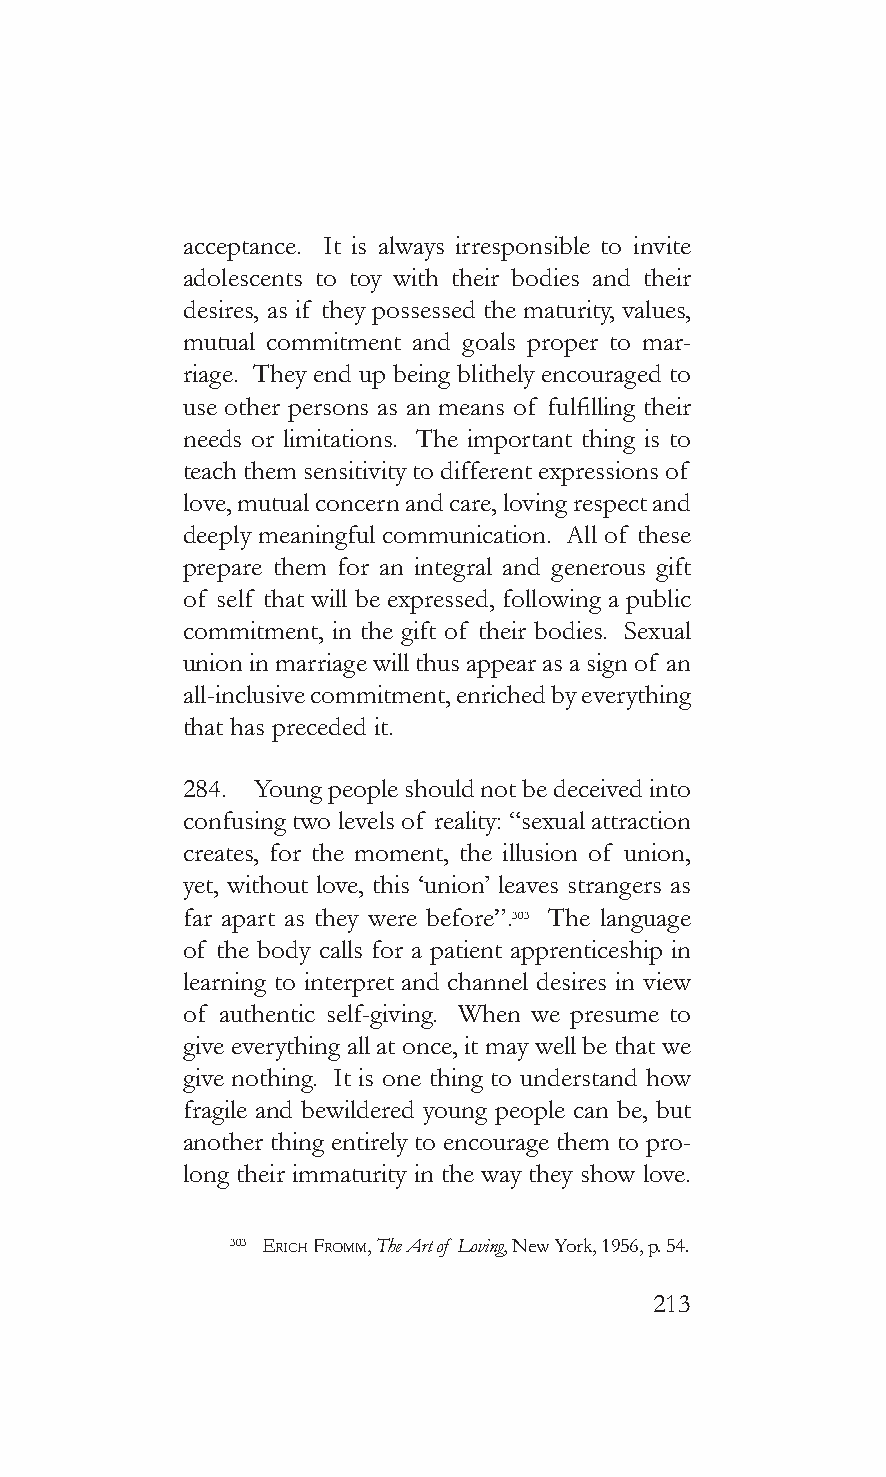
acceptance. It is always irresponsible to invite
 adolescents to toy with their bodies and their
 desires, as if they possessed the maturity, values,
 mutual commitment and goals proper to mar-
 riage. They end up being blithely encouraged to
 use other persons as an means of fulfilling their
 needs or limitations. The important thing is to
 teach them sensitivity to different expressions of
 love, mutual concern and care, loving respect and
 deeply meaningful communication. All of these
 prepare them for an integral and generous gift
 of self that will be expressed, following a public
 commitment, in the gift of their bodies. Sexual
 union in marriage will thus appear as a sign of an
 all-inclusive commitment, enriched by everything
 that has preceded it.
 284. Young people should not be deceived into
 confusing two levels of reality: “sexual attraction
 creates, for the moment, the illusion of union,
 yet, without love, this ‘union’ leaves strangers as
 far apart as they were before”.303 The language
 of the body calls for a patient apprenticeship in
 learning to interpret and channel desires in view
 of authentic self-giving. When we presume to
 give everything all at once, it may well be that we
 give nothing. It is one thing to understand how
 fragile and bewildered young people can be, but
 another thing entirely to encourage them to pro-
 long their immaturity in the way they show love.
 303 erich fromm, The Art of Loving, New York, 1956, p. 54.
 213